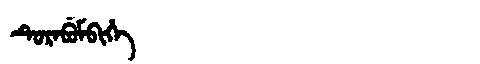
Manchu: ᡨᡠᡵᠠᠪᡠᠮᠪᡳᡥᡝ
Romanization: TURABUMBIHE